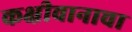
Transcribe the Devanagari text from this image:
कक्षीवानाचा